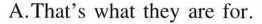
A.That's what they are for.